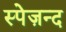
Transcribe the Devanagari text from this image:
स्पेज़न्द